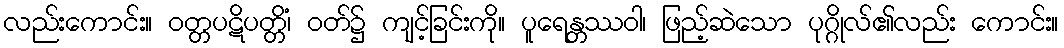
လည်းကောင်း။ ဝတ္တပဋိပတ္တိံ၊ ဝတ်၌ ကျင့်ခြင်းကို။ ပူရေန္တဿဝါ၊ ဖြည့်ဆဲသော ပုဂ္ဂိုလ်၏လည်း ကောင်း။